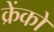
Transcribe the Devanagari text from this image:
क्रेंकों